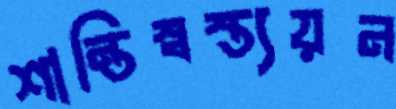
শান্তিস্বস্ত্যয়ন